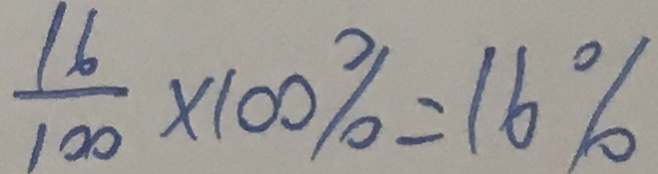
\frac { 1 6 } { 1 0 0 } \times 1 0 0 \% = 1 6 \%